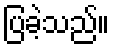
ပြခဲ့သည်။